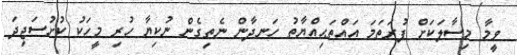
ވީމާ މިސާލަކަށް ފުރަތަމަ އައްތަޙިއްޔާތު ހަނދާން ނެތިގެން ނުކިޔާ ހުރި މީހަކު ކުށުސަޖިދަ